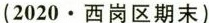
(2020·西岗区期末)